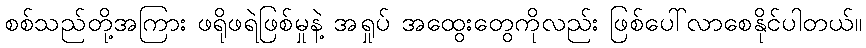
စစ်သည်တို့အကြား ဖရိုဖရဲဖြစ်မှုနဲ့ အရှုပ် အထွေးတွေကိုလည်း ဖြစ်ပေါ်လာစေနိုင်ပါတယ်။